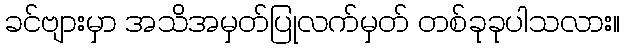
ခင်ဗျားမှာ အသိအမှတ်ပြုလက်မှတ် တစ်ခုခုပါသလား။